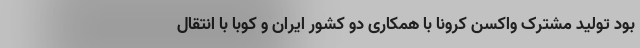
بود تولید مشترک واکسن کرونا با همکاری دو کشور ایران و کوبا با انتقال